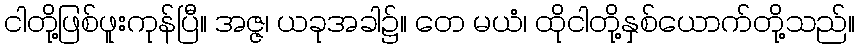
ငါတို့ဖြစ်ဖူးကုန်ပြီ။ အဇ္ဇ၊ ယခုအခါ၌။ တေ မယံ၊ ထိုငါတို့နှစ်ယောက်တို့သည်။